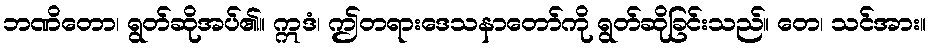
ဘဏိတော၊ ရွတ်ဆိုအပ်၏။ ဣဒံ၊ ဤတရားဒေသနာတော်ကို ရွတ်ဆိုခြင်းသည်။ တေ၊ သင်အား။